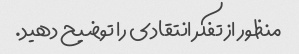
منظور از تفکر انتقادی را توضیح دهید.